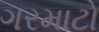
ગરમાટો